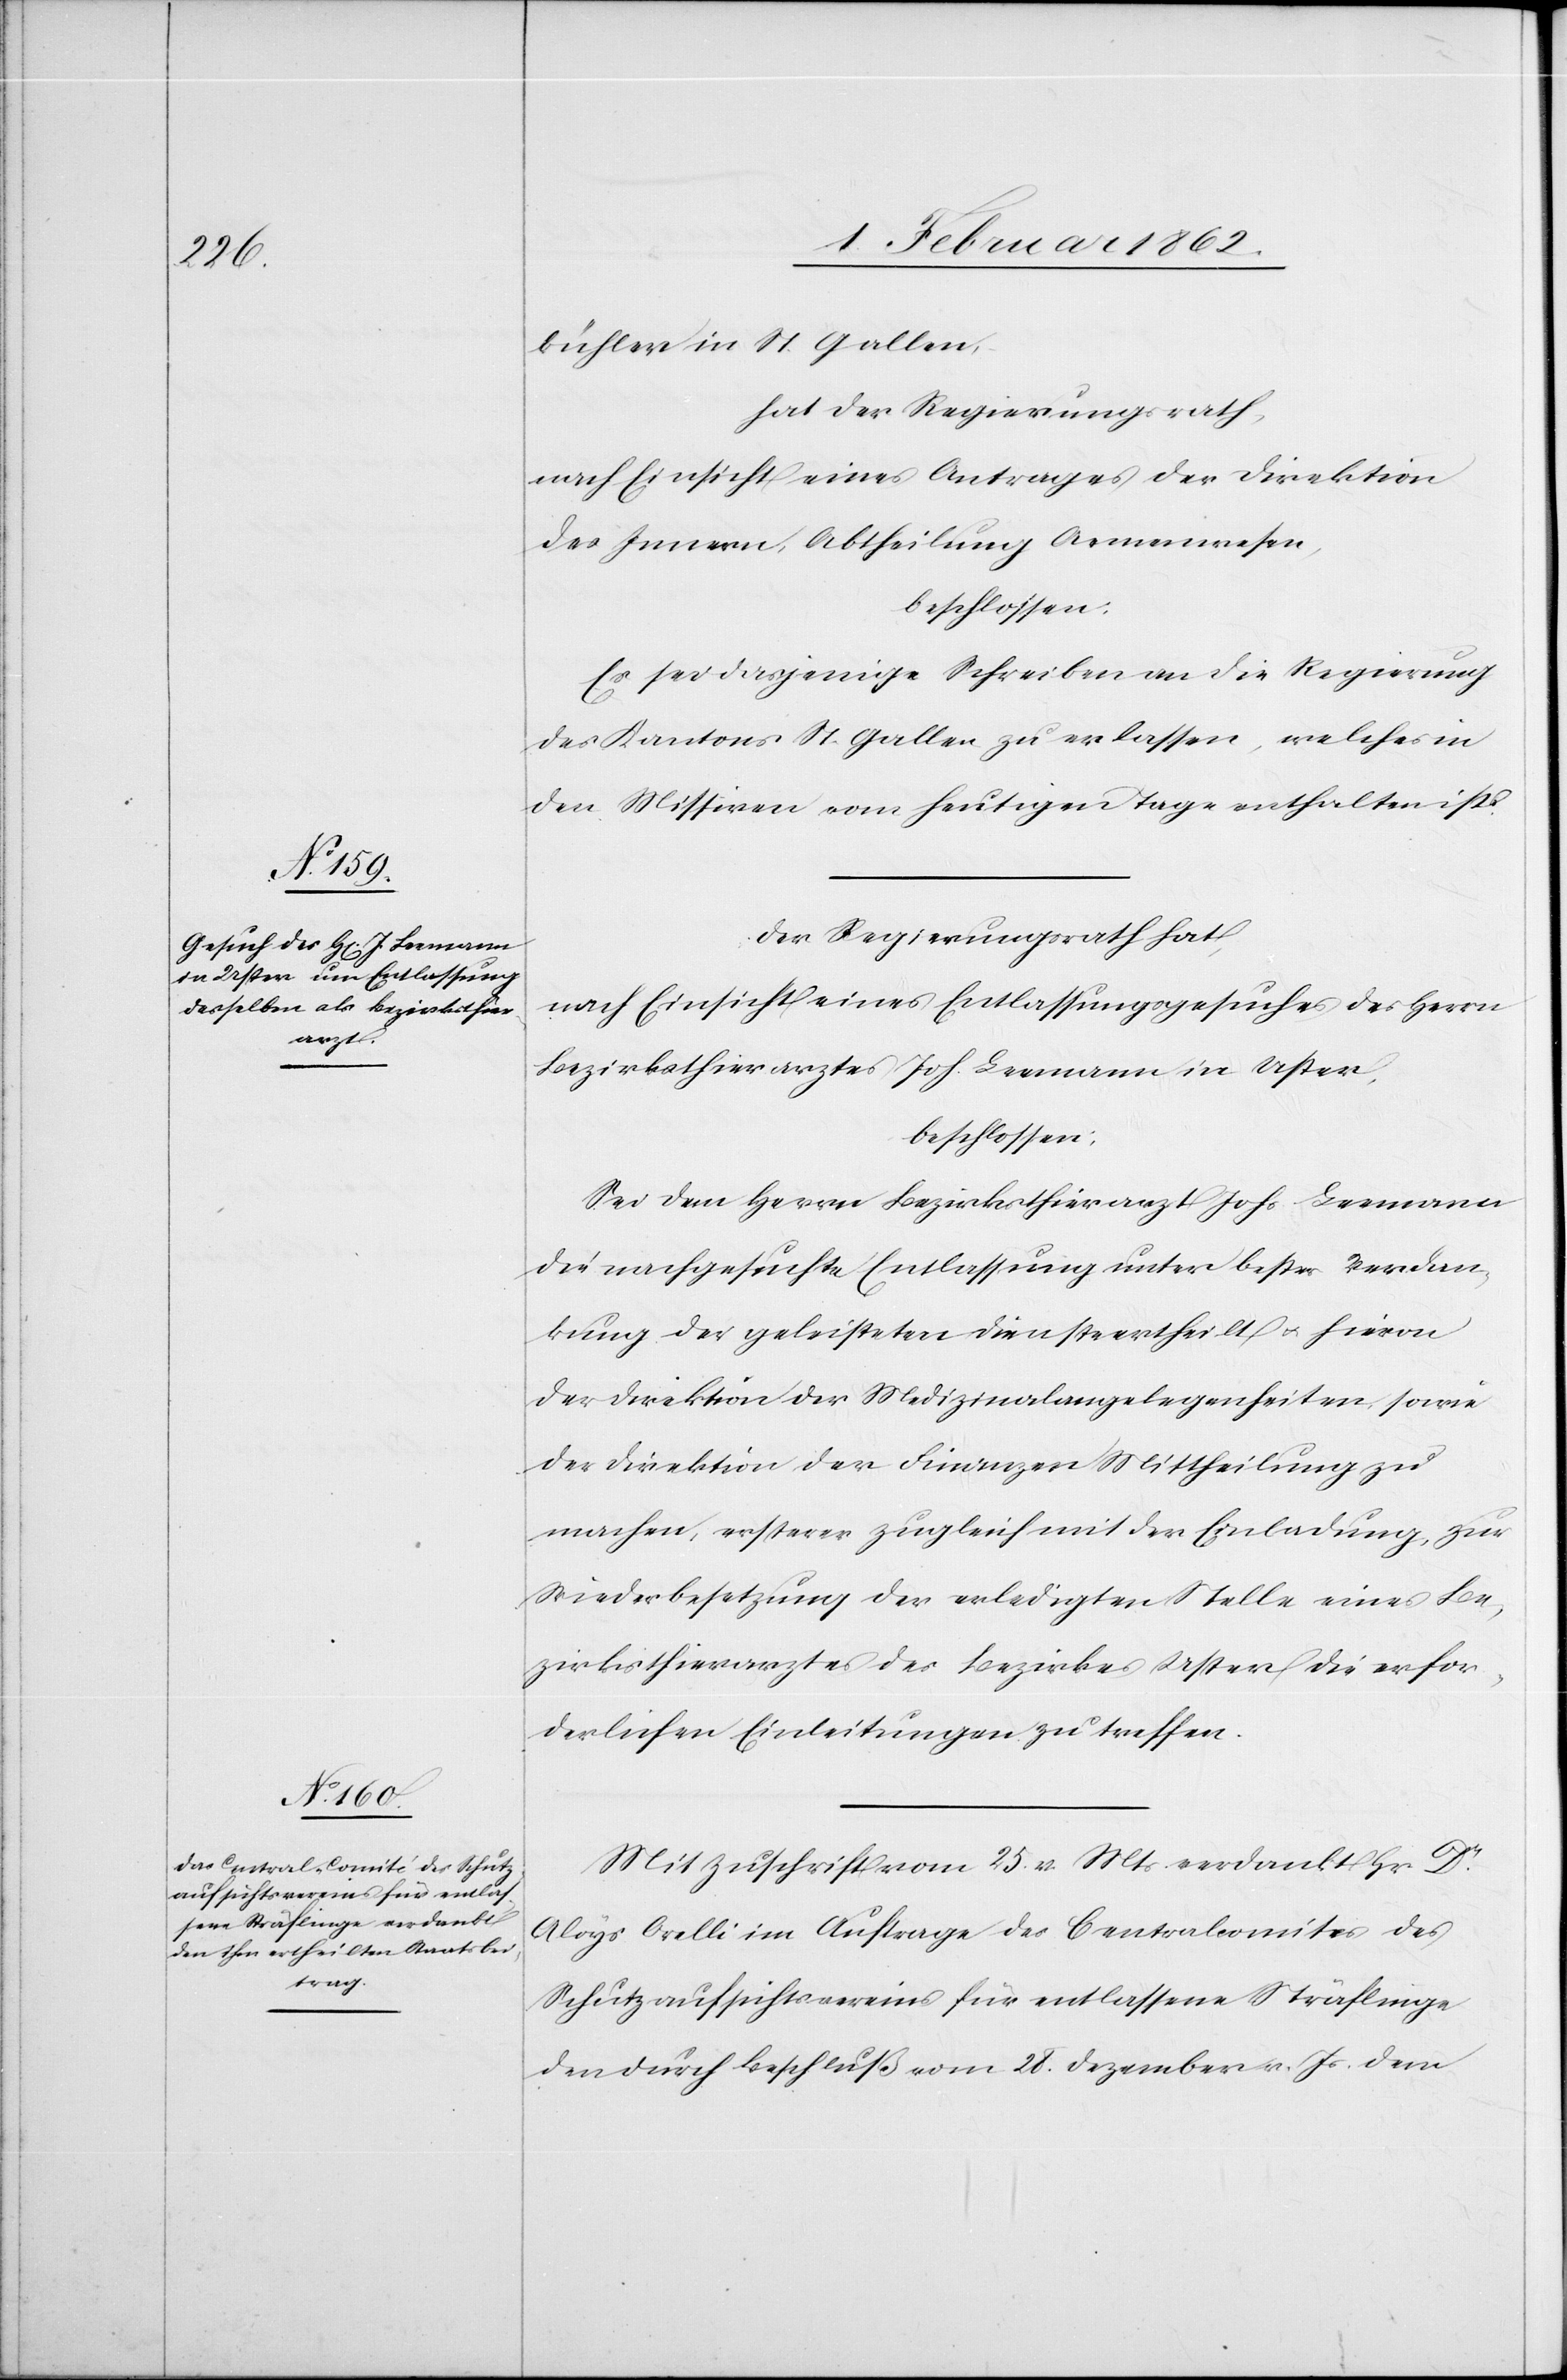
bühler in St. Gallen,
hat der Regierungsrath,
nach Einsicht eines Antrages der Direktion
des Innern, Abtheilung Armenwesen,
beschlossen:
Es sei dasjenige Schreiben an die Regierung
des Kantons St. Gallen zu erlassen, welches in
den Missiven vom heutigen Tage enthalten ist.
Der Regierungsrath hat,
nach Einsicht eines Entlassungsgesuches des Herrn
Bezirksthierarztes Joh. Leemann in Uster
beschlossen:
Sei dem Herrn Bezirksthierarzt Johs Leemann
die nachgesuchte Entlassung unter bester Verdan¬
kung der geleisteten Dienste ertheilt u. hievon
der Direktion der Medizinalangelegenheiten sowie
der Direktion der Finanzen Mittheilung zu
machen, ersterer zugleich mit der Einladung, zur
Wiederbesetzung der erledigten Stelle eines Be¬
zirksthierarztes des Bezirkes Uster die erfor¬
derlichen Einleitungen zu treffen.
Mit Zuschrift vom 25. v. Mts. verdankt Hr Dr.
Aloys Orelli im Auftrage des Centralcomites des
Schutzaufsichtsvereins für entlassene Sträflinge
den durch Beschluß vom 28. Dezember v. Js. dem